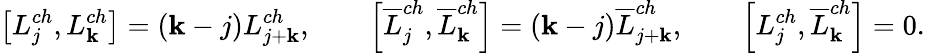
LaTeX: \left[L_{j}^{ch},L_{\mathbf{k}}^{ch}\right]=(\mathbf{k}-j)L_{j+\mathbf{k}}^{ch},\qquad\left[\overline{{{L}}}_{j}^{ch},\overline{{{L}}}_{\mathbf{k}}^{ch}\right]=(\mathbf{k}-j)\overline{{{L}}}_{j+\mathbf{k}}^{ch},\qquad\left[L_{j}^{ch},\overline{{{L}}}_{\mathbf{k}}^{ch}\right]=0.